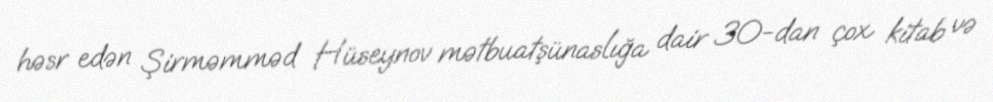
həsr edən Şirməmməd Hüseynov mətbuatşünaslığa dair 30-dan çox kitab və